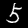
Digit: 5